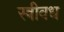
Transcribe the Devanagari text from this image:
स्त्रीवध